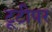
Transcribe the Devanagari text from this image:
टूटीपर